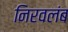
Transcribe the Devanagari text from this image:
निरवलंब